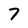
Character: 7